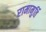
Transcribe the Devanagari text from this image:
रामामुर्ति